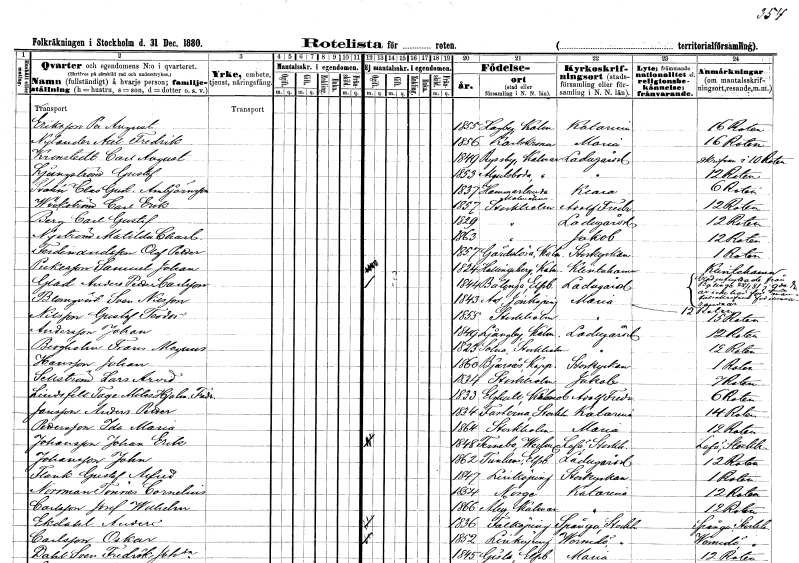
gt_parse: households: individuals: FN: Per August
EN: Eriksson
KON: M
CIV: U
FODAR: 1855
FODFORS: Hagby Kalmar län
FN: Axel Fredrik
EN: Nylander
KON: M
CIV: U
FODAR: 1856
FODFORS: Karlskrona Blekinge län
FN: Carl August
EN: Kronstedt
KON: M
CIV: U
FODAR: 1849
FODFORS: Ryssby Kalmar län
FN: Gustaf
EN: Ljungström
KON: M
CIV: U
FODAR: 1853
FODFORS: Algutsboda Kalmar län
FN: Clas Gustaf
EN: Svahn Ambjörnsson
KON: M
CIV: U
FODAR: 1837
FODFORS: Hammarlunda Malmöhus län
FN: Carl Erik
EN: Wickström
KON: M
CIV: U
FODAR: 1857
FODFORS: Stockholm
FN: Carl Gustaf
EN: Berg
KON: M
CIV: U
FODAR: 1829
FODFORS: Stockholm
FN: Matilda Charlotta
EN: Nyström
KON: K
CIV: U
FODAR: 1863
FODFORS: Stockholm
FN: Olof Petter
EN: Ferdinandsson
KON: M
CIV: U
FODAR: 1857
FODFORS: Gärdslösa Kalmar län
FN: Samuel Johan
EN: Pickesson
KON: M
CIV: O
FODAR: 1824
FODFORS: Hallingeberg Kalmar län
FN: Anders Petter
EN: Glad Carlsson
KON: M
CIV: O
FODAR: 1844
FODFORS: Alingsås Älvsborgs län
FN: Sven
EN: Blomqvist nilsson
KON: M
CIV: U
FODAR: 1843
FODFORS: Ås Jönköpings län
FN: Gustaf Teodor
EN: Nilsson
KON: M
CIV: U
FODAR: 1855
FODFORS: Stockholm
FN: Johan
EN: Andersson
KON: M
CIV: U
FODAR: 1849
FODFORS: Ljungby Kalmar län
FN: Frans Magnus
EN: Bergholm
KON: M
CIV: U
FODAR: 1823
FODFORS: Solna Stockholms län
FN: Johan
EN: Hansson
KON: M
CIV: U
FODAR: 1860
FODFORS: Bjursås Kopparbergs län
FN: Lars Arvid
EN: Sellström
KON: M
CIV: U
FODAR: 1834
FODFORS: Stockholm
FN: Tage Milas Hjalmar Fredrik
EN: Lindsfelt
KON: M
CIV: U
FODAR: 1833
FODFORS: Älghult Kronobergs län
FN: Anders Petter
EN: Jansson
KON: M
CIV: U
FODAR: 1834
FODFORS: Fasterna Stockholms län
FN: Ida Maria
EN: Pettersson
KON: K
CIV: U
FODAR: 1864
FODFORS: Stockholm
FN: Johan Erik
EN: Johansson
KON: M
CIV: O
FODAR: 1848
FODFORS: Färnebo Värmlands län
FN: Johan
EN: Johansson
KON: M
CIV: U
FODAR: 1862
FODFORS: Tunhem Skaraborgs län
FN: Gustaf Alfred
EN: Flank
KON: M
CIV: U
FODAR: 1847
FODFORS: Linköping Östergötlands län
FN: Tonnes Cornelius
EN: Norrman
KON: M
CIV: U
FODAR: 1854
FN: Josef Wilhelm
EN: Carlsson
KON: M
CIV: U
FODAR: 1866
FODFORS: Åby Kalmar län